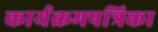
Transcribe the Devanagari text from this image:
कार्यक्रमपत्रिका